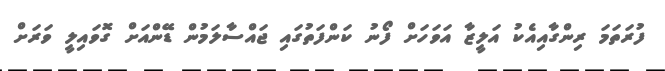
ފުރަތަމަ ރިންގާއިއެކު އަލީޒާ އަވަހަށް ފޯނު ކަންފަތުގައި ޖައްސާލަމުން ޑޭންއަށް ގޮވައިލީ ވަރަށް